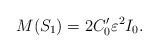
LaTeX: \begin{align*}M(S_1) = 2 C_0^{\prime} \varepsilon^2 I_0.\end{align*}